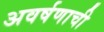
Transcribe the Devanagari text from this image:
अवर्षणाची